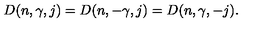
D ( n , \gamma , j ) = D ( n , - \gamma , j ) = D ( n , \gamma , - j ) .